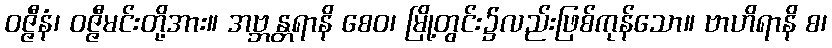
ဝဇ္ဇီနံ၊ ဝဇ္ဇီမင်းတို့အား။ အဗ္ဘန္တရာနိ စေဝ၊ မြို့တွင်း၌လည်းဖြစ်ကုန်သော။ ဗာဟိရာနိ စ၊